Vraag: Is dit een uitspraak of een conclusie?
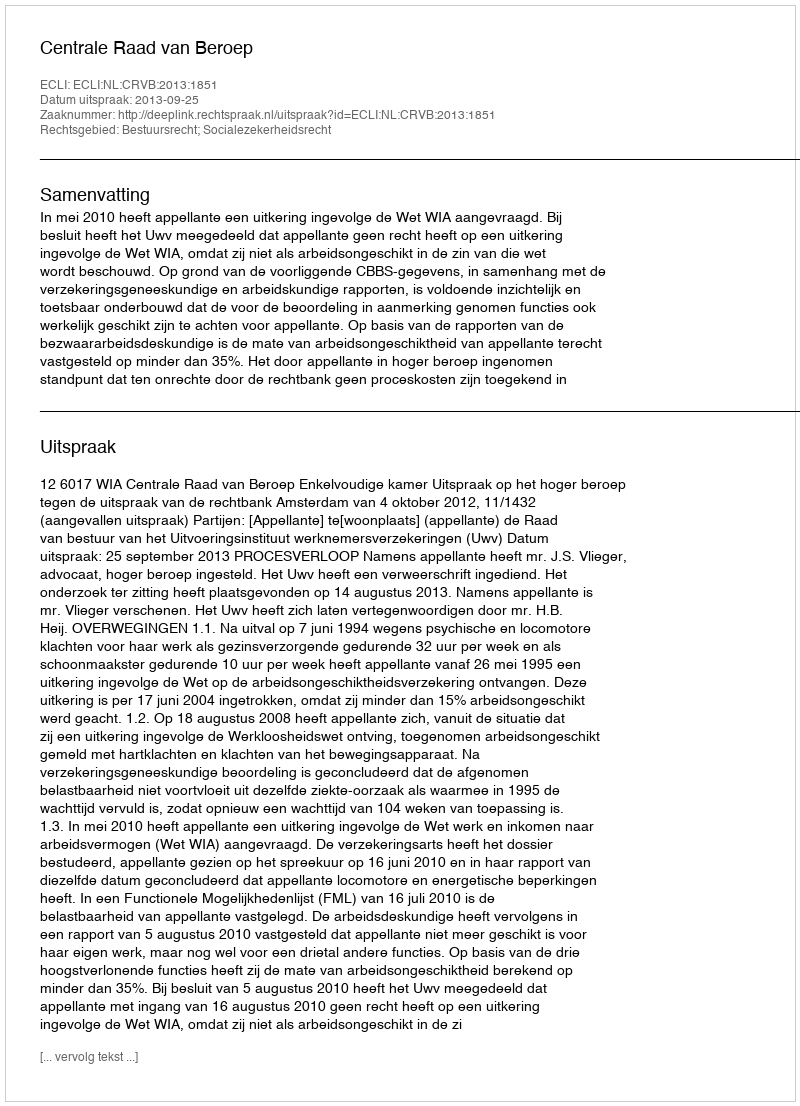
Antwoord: Uitspraak